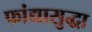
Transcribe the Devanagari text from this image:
फांद्यासुद्धा